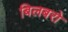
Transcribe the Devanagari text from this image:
बिलबरो